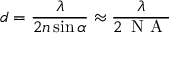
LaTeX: d = { \frac { \lambda } { 2 n \sin \alpha } } \approx { \frac { \lambda } { 2 \, { \textrm { N A } } } }